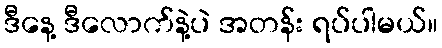
ဒီနေ့ ဒီလောက်နဲ့ပဲ အတန်း ရပ်ပါမယ်။